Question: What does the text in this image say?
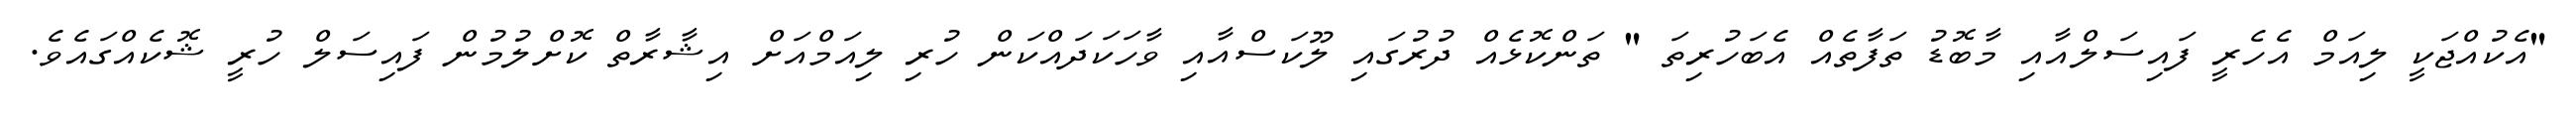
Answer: "އެކުއްޖަކީ ލިއަމް އެހެރީ ފައިސަލްއާއި މާބޮޑު ތަފާތެއް އެބަހުރިތަ " ތަންކޮޅެއް ދުރުގައި ލޫކަސްއާއި ވާހަކަދައްކަން ހުރި ލިއަމްއަށް އިޝާރާތް ކޮށްލުމުން ފައިސަލް ހުރީ ޝޮކެއްގައެވެ.